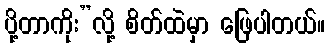
ပို့တာကိုး”လို့ စိတ်ထဲမှာ ဖြေပါတယ်။